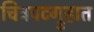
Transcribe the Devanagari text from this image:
चित्रपटग्रुहात